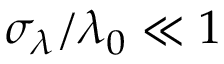
\sigma _ { \lambda } / \lambda _ { 0 } \ll 1